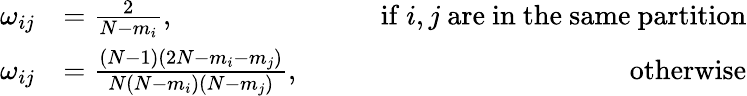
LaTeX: \begin{array}{rlr}{\omega_{ij}}&{=\frac{2}{N-m_{i}},\qquad}&{\mathrm{if~}i,j\mathrm{~are~in~the~same~partition}}\\ {\omega_{ij}}&{=\frac{(N-1)(2N-m_{i}-m_{j})}{N(N-m_{i})(N-m_{j})},\qquad}&{\mathrm{otherwise}}\end{array}